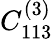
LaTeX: C_{113}^{(3)}